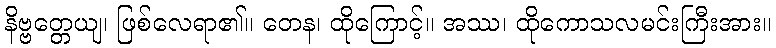
နိဗ္ဗတ္တေယျ၊ ဖြစ်လေရာ၏။ တေန၊ ထိုကြောင့်။ အဿ၊ ထိုကောသလမင်းကြီးအား။